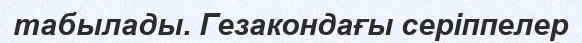
табылады. Гезакондағы серіппелер